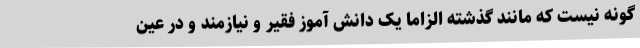
گونه نیست که مانند گذشته الزاما یک دانش آموز فقیر و نیازمند و در عین